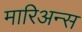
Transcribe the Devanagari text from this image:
मारिअन्स